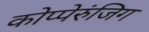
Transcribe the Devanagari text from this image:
कोप्पेरुंजिग